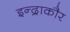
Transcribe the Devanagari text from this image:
इन्द्राकौर